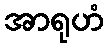
အာရုဟံ